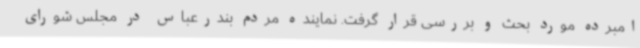
امبرده مورد بحث و بررسی قرار گرفت. نماینده مردم بندرعباس در مجلس شورای